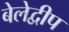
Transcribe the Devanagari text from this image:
बेलेद्वीप